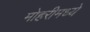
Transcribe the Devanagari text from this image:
मोहरीमध्ये